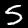
Digit: 5